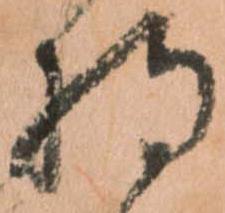
持